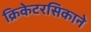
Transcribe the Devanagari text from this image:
क्रिकेटरसिकाने